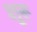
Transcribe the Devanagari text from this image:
शुरू